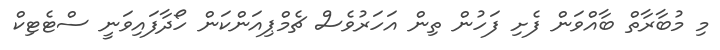
މި މުބާރާތް ބާއްވަން ފެށި ފަހުން ތިން އަހަރުވެސް ޗެމްޕިއަންކަން ހޯދާފައިވަނީ ސްޓެޓިކް